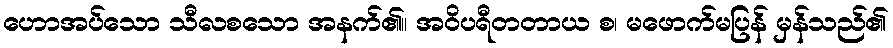
ဟောအပ်သော သီလစသော အနက်၏။ အဝိပရီတတာယ စ၊ မဖောက်မပြန် မှန်သည်၏